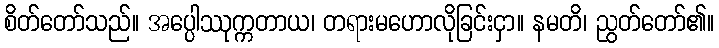
စိတ်တော်သည်။ အပ္ပေါဿုက္ကတာယ၊ တရားမဟောလိုခြင်းငှာ။ နမတိ၊ ညွတ်တော်၏။